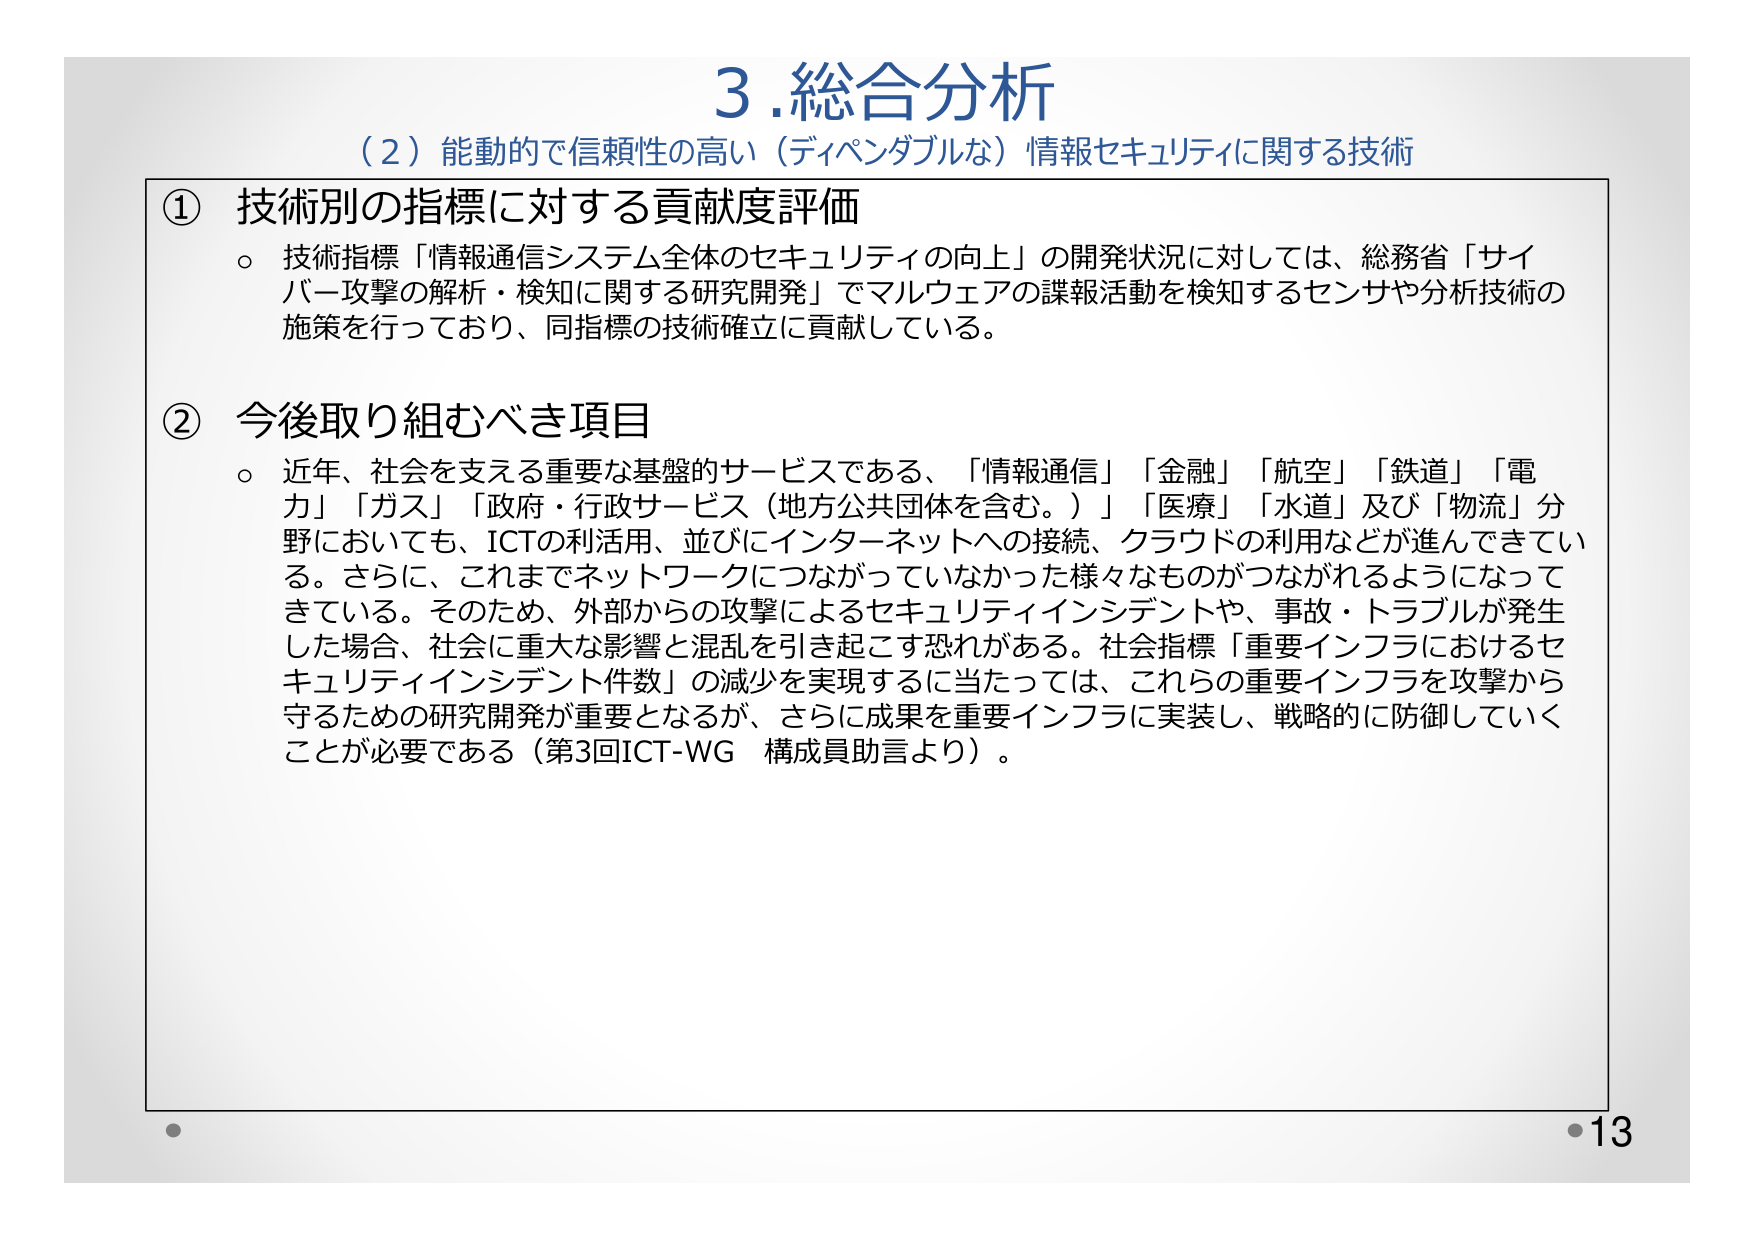
3. 総合分析
（2）能動的で信頼性の高い（ディペンダブルな）情報セキュリティに関する技術

① 技術別の指標に対する貢献度評価
○ 技術指標「情報通信システム全体のセキュリティの向上」の開発状況に対しては、総務省「サイバー攻撃の解析・検知に関する研究開発」でマルウェアの諜報活動を検知するセンサや分析技術の施策を行っており、同指標の技術確立に貢献している。

② 今後取り組むべき項目
○ 近年、社会を支える重要な基盤的サービスである、「情報通信」「金融」「航空」「鉄道」「電力」「ガス」「政府・行政サービス（地方公共団体を含む。）」「医療」「水道」及び「物流」分野においても、ICTの利活用、並びにインターネットへの接続、クラウドの利用などが進んできている。さらに、これまでネットワークにつながっていなかった様々なものがつながれるようになってきている。そのため、外部からの攻撃によるセキュリティインシデントや、事故・トラブルが発生した場合、社会に重大な影響と混乱を引き起こす恐れがある。社会指標「重要インフラにおけるセキュリティインシデント件数」の減少を実現するに当たっては、これらの重要インフラを攻撃から守るための研究開発が重要となるが、さらに成果を重要インフラに実装し、戦略的に防御していくことが必要である（第3回ICT-WG 構成員助言より）。

・13